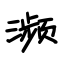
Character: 濒